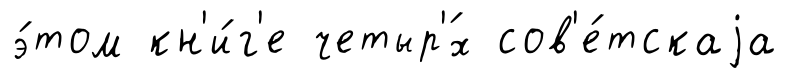
э́том кн'и́г'е четыр'́х сов'е́тскаjа